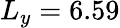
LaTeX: L_{y}=6.59